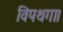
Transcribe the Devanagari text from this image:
विपथगा।